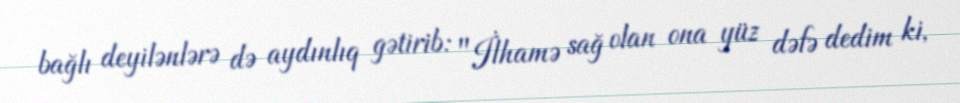
bağlı deyilənlərə də aydınlıq gətirib: "İlhamə sağ olan ona yüz dəfə dedim ki,